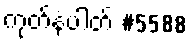
ကုတ်နံပါတ် #5588